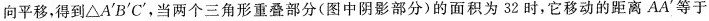
向平移，得到\triangle {A}'{B}'{C}'，当两个三角形重叠部分(图中阴影部分)的面积为32时，它移动的距离A{A}'等于